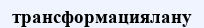
трансформациялану